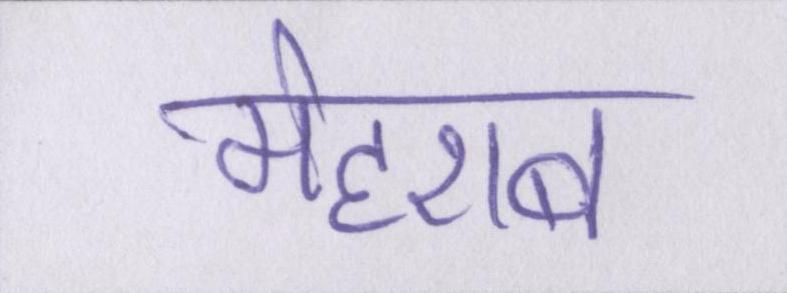
मेहराब